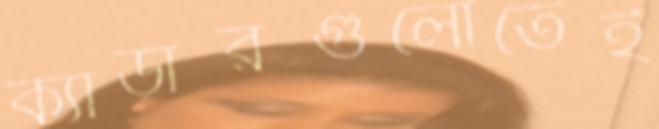
ক্যাডারগুলোতেই